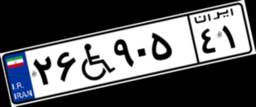
۶۹W۳۵۵۸۸